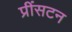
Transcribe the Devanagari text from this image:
प्रींसटन